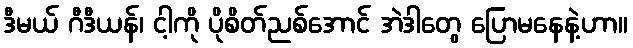
ဒီမယ် ဂီဒီယန်၊ ငါ့ကို ပိုစိတ်ညစ်အောင် အဲဒါတွေ ပြောမနေနဲ့ဟာ။